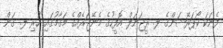
ފެނަކަ ކޯޕަރޭޝަންގެ ލ. ރީޖަނަލް އޮފީހުގެ މެނޭޖަރެއްގެ މަގާމުގައި ހުރި ލ. ގަން